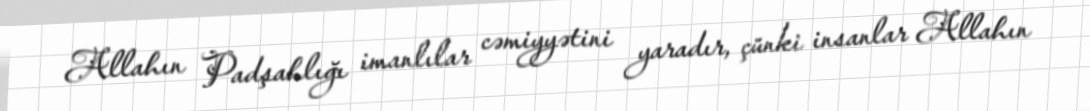
Allahın Padşahlığı imanlılar cəmiyyətini yaradır, çünki insanlar Allahın